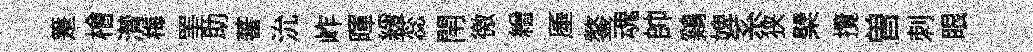
箑檜潸梅罣助蕃沇岞暉緩蕊閈徼繒厜鏊魂帥鷄婢系狭檗攬曽刺眼